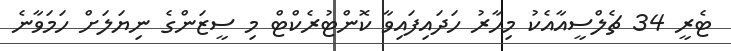
ޓެރީ 34 ޗެލްސީއާއެކު މިހާރު ހަދައިފައިވާ ކޮންޓުރެކްޓް މި ސީޒަންގެ ނިޔަލަށް ހަމަވާނެ